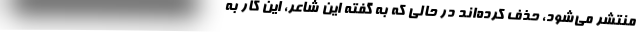
منتشر می‌شود، حذف کرده‌اند در حالی که به گفته این شاعر، این کار به